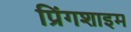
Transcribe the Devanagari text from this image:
प्रिंगशाइम